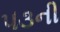
૫૩ની